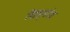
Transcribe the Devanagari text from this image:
शिष्यांस